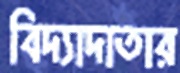
বিদ্যাদাতার